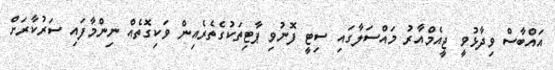
އައްބާސް ވިދާޅުވީ ޖީއެމްއާރު މައްސަލާގައި ސިޓީ ފޮނުވި ޕާޓިތަކުގެތެރެއިން ވަކިގޮތެއް ނިންމާފައި ސަރުކާރަށް